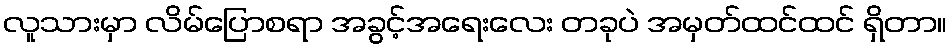
လူသားမှာ လိမ်ပြောစရာ အခွင့်အရေးလေး တခုပဲ အမှတ်ထင်ထင် ရှိတာ။